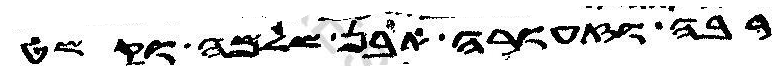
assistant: רבה וזעורה אבן שלמה וקשט